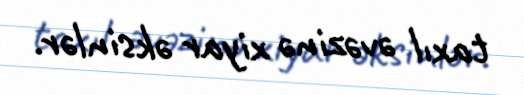
taxıl əvəzinə xiyar əksinlər.